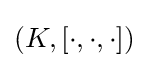
(K,[\cdot ,\cdot ,\cdot ])